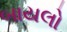
બાયલો